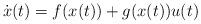
LaTeX: \begin{align*}\dot{x}(t) = f(x(t)) + g(x(t))u(t)\end{align*}